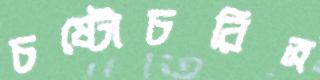
চষ্টোচরিত্র